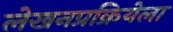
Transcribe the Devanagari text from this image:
लेखनप्रक्रियेला